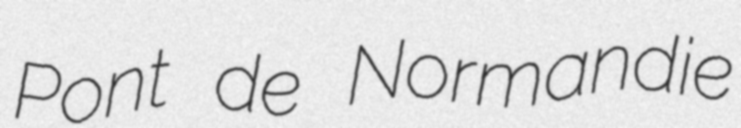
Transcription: Pont de Normandie